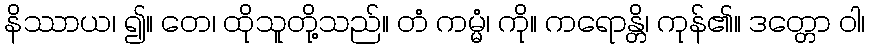
နိဿာယ၊ ၍။ တေ၊ ထိုသူတို့သည်။ တံ ကမ္မံ၊ ကို။ ကရောန္တိ၊ ကုန်၏။ ဒတ္တော ဝါ၊